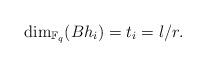
LaTeX: \begin{align*}\dim_{\mathbb{F}_q}(Bh_i)=t_i=l/r.\end{align*}